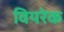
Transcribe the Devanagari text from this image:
वियरेक